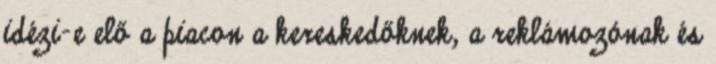
idézi-e elő a piacon a kereskedőknek, a reklámozónak és